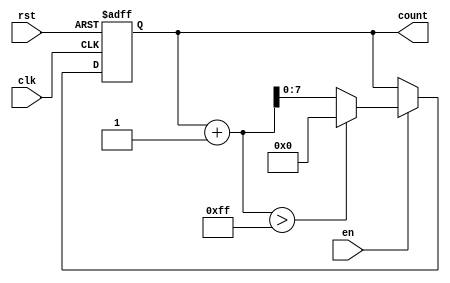
module incremental_counter #(
    parameter init_val = 0,      // Initial value of the counter
    parameter max_val = 255,     // Maximum value of the counter
    parameter inc_val = 1         // Increment value
)(
    input wire clk,              // Clock signal
    input wire rst,              // Asynchronous reset
    input wire en,               // Enable signal
    output reg [$clog2(max_val+1)-1:0] count // Binary output for the count
);

    // Always block for counting operation
    always @(posedge clk or posedge rst) begin
        if (rst) begin
            count <= init_val;     // Reset to initial value
        end else if (en) begin
            if (count + inc_val > max_val) begin
                count <= init_val; // Wrap around to initial value
            end else begin
                count <= count + inc_val; // Increment the counter
            end
        end
    end

endmodule